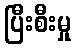
ပြီးစီးမှု